Civil Veterinary Dept. North-West Frontier Province 1933-46 - 1933-1946
Year: 1933
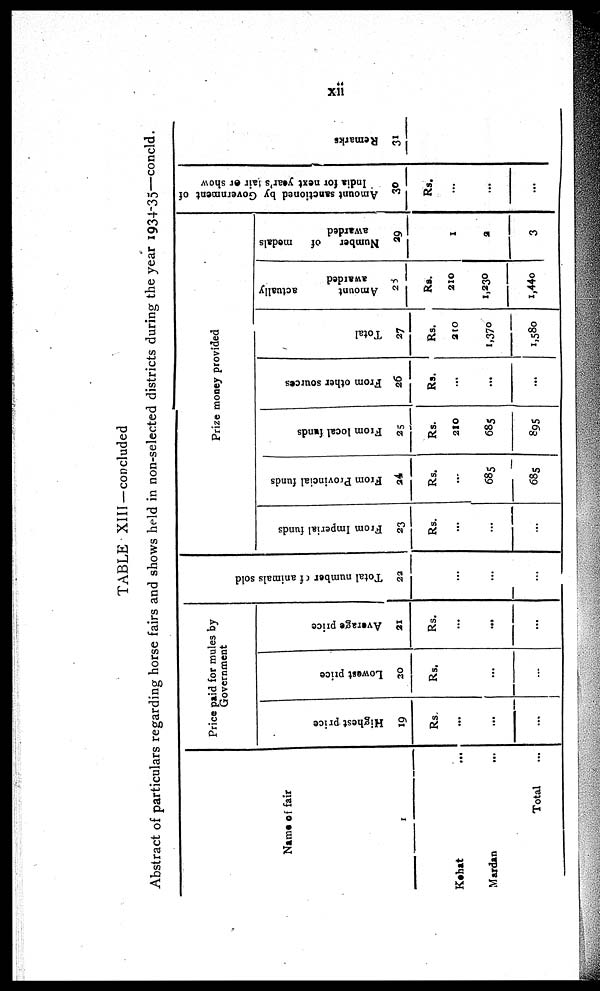
xii
TABLE XIII-concluded
Abstract of particulars regarding horse fairs and shows held in non-selected districts during the year 1934-35—concld.
Name of fair
1
Kohat ...
Mardan ...
Total ...
Price paid for mules by
Government
Highest price
19
Rs.
...
...
...
Lowest price
20
Rs.
...
...
Average price
21
Rs.
...
...
...
Tot al number of animals sold
23
...
...
...
Prize money provided
From Imperial funds
23
Rs.
...
...
...
From Provincial funds
24.
Rs.
...
685
685
From local funds
25
Rs.
210
685
895
From other sources
26
Rs.
...
...
...
Total
27
Rs.
210
1,370
1,580
Amount
actually
awarded
28
Rs.
210
1,230
1,440
Number
of
medals
awarded
29
1
2
3
Amount sanctioned by Government of
India for next year's fair or show
30
Rs.
...
...
...
Remarks
31